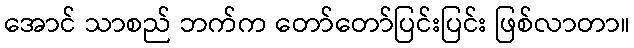
အောင် သာစည် ဘက်က တော်တော်ပြင်းပြင်း ဖြစ်လာတာ။